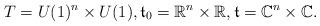
LaTeX: \begin{align*} T=U(1)^n\times U(1),{\mathfrak t}_0 = {\mathbb R}^n\times {\mathbb R}, {\mathfrak t} = {\mathbb C}^n \times {\mathbb C}.\end{align*}